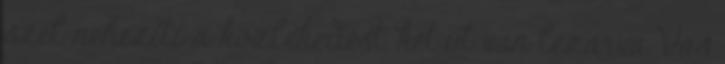
szél nehezíti a közlekedést, két út van lezárva Vas